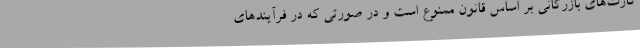
کارت‌های بازرگانی بر اساس قانون ممنوع است و در صورتی که در فرآیندهای